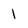
Character: 1